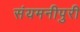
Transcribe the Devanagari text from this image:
संयमनीपुरी